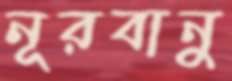
নূরবানু